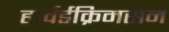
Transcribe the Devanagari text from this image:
हार्वर्डक्रिमसन